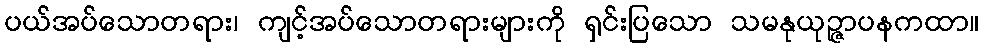
ပယ်အပ်သောတရား၊ ကျင့်အပ်သောတရားများကို ရှင်းပြသော သမနုယုဉ္ဇာပနကထာ။